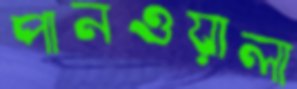
পানওয়ালা